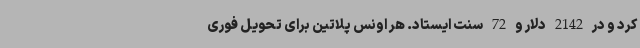
کرد و در 2142 دلار و 72 سنت ایستاد. هر اونس پلاتین برای تحویل فوری